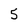
Character: 5